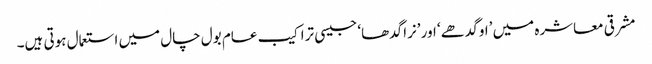
مشرقی معاشرہ میں ’او گدھے‘ اور ’نرا گدھا‘ جیسی تراکیب عام بول چال میں استعمال ہوتی ہیں۔